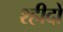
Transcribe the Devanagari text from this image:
श्हीदों